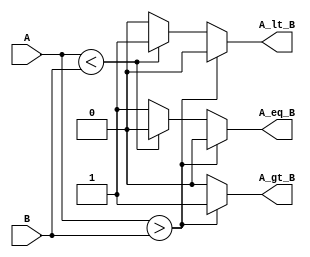
module param_comparator #(
    parameter WIDTH = 8  // Default parameter for bit width
) (
    input  [WIDTH-1:0] A, // Input A
    input  [WIDTH-1:0] B, // Input B
    output reg A_gt_B,     // Output: A > B
    output reg A_lt_B,     // Output: A < B
    output reg A_eq_B      // Output: A == B
);

// Always block sensitive to changes in A or B
always @(A, B) begin
    // Initialize outputs to low
    A_gt_B = 1'b0;
    A_lt_B = 1'b0;
    A_eq_B = 1'b0;

    // Compare values of A and B
    if (A > B) begin
        A_gt_B = 1'b1; // A is greater than B
    end else if (A < B) begin
        A_lt_B = 1'b1; // A is less than B
    end else begin
        A_eq_B = 1'b1; // A is equal to B
    end
end

endmodule